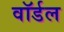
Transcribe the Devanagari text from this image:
वॉर्डल